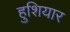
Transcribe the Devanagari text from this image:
हुशियार